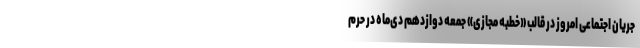
جریان اجتماعی امروز در قالب «خطبه مجازی» جمعه دوازدهم دی‌ماه در حرم